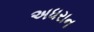
અધરાન